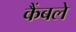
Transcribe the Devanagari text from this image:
कैंबले